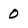
Character: 0